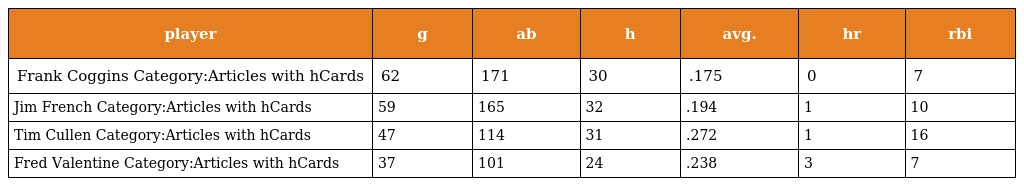
| player | g | ab | h | avg. | hr | rbi |
 | --- | --- | --- | --- | --- | --- | --- |
 | Frank Coggins Category:Articles with hCards | 62 | 171 | 30 | .175 | 0 | 7 |
 | Jim French Category:Articles with hCards | 59 | 165 | 32 | .194 | 1 | 10 |
 | Tim Cullen Category:Articles with hCards | 47 | 114 | 31 | .272 | 1 | 16 |
 | Fred Valentine Category:Articles with hCards | 37 | 101 | 24 | .238 | 3 | 7 |